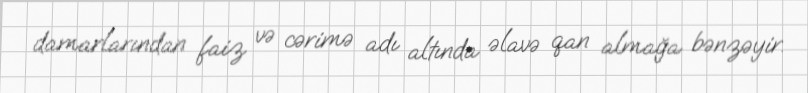
damarlarından faiz və cərimə adı altında əlavə qan almağa bənzəyir.